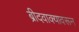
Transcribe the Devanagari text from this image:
ब्रीदवाक्यावरून